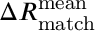
\Delta R _ { \mathrm { m a t c h } } ^ { \mathrm { m e a n } }